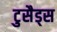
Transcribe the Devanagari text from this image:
टुसैड्स